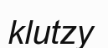
klutzy